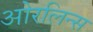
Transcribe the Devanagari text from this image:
ओरलिन्स